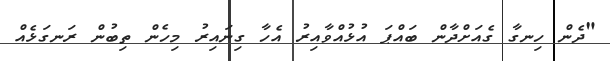
"ދެން ހިނގާ ގެއަށްދާން ބައްޕަ އުޅުއްވާއިރު އެހާ ގިނައިރު މިހެން ތިބުން ރަނގަޅެއް